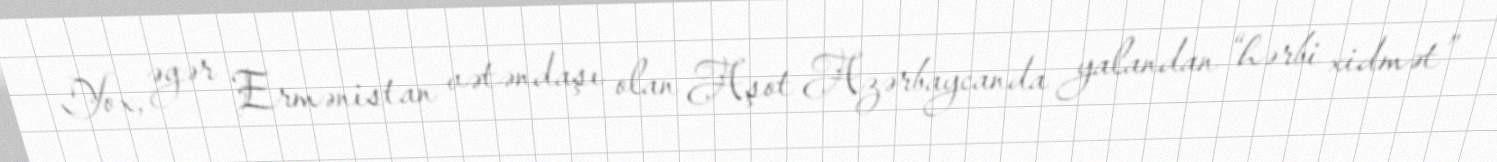
Yox, əgər Ermənistan vətəndaşı olan Aşot Azərbaycanda yalandan “hərbi xidmət”